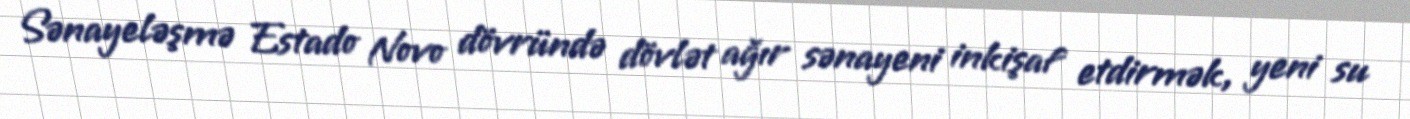
Sənayeləşmə Estado Novo dövründə dövlət ağır sənayeni inkişaf etdirmək, yeni su